Juri_Uluots, lk 11
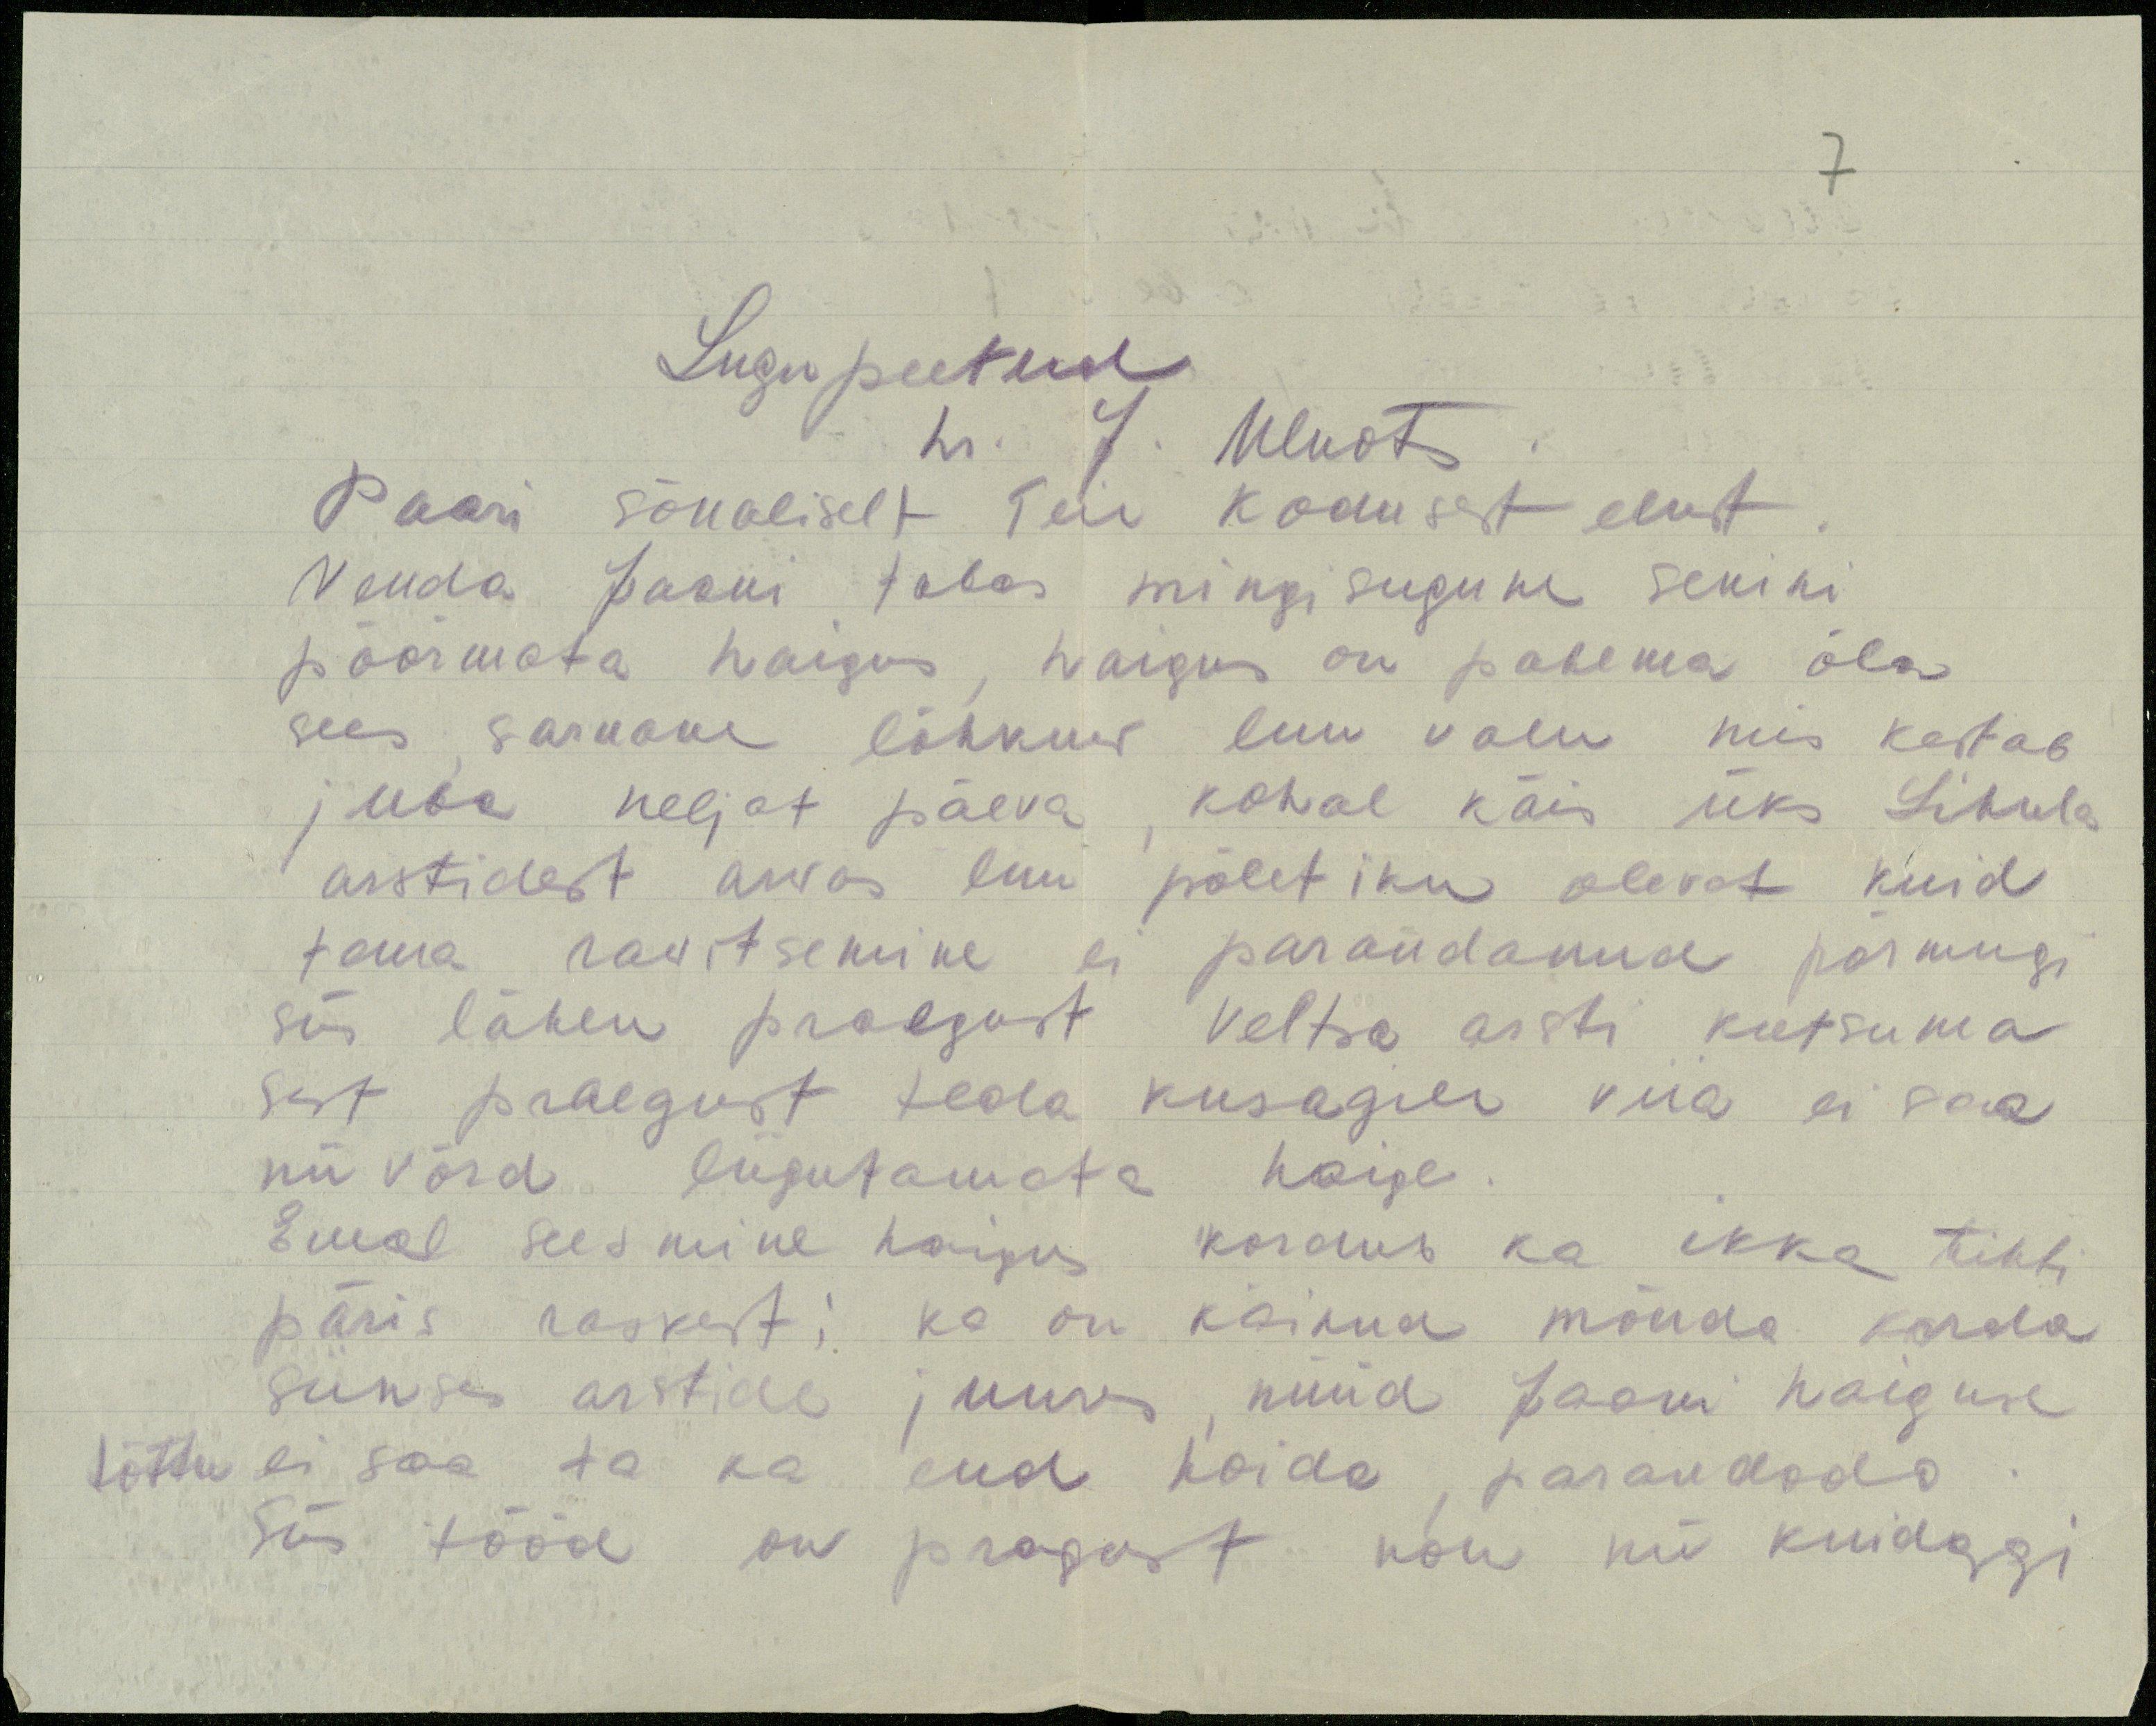
Lugupeetud
hr. J. Uluots
Paari sõnaliselt Teie kodusest elust
Venda Jaani tabas mingisugune senini
pöörmata haigus, haigus on pahema õla
sees sarnane lõhkuw luu valu, mis kestab
juba neljat päeva, kohal käis üks Lihula
arstidest arvas luu põletiku olevat kuid
tama ravitsemine ei parandanud põrmugi
siis lähen praegust Veltsa arsti kutsuma
sest praegust teda kusagile viia ei saa
nii võrd liigutamata haige.
Emal seismine haigus kordus ka ikka tihti
päris raskesti ka on käinud mõnda korda
siinses arstide juures, nüüd Jaani haiguse
tõttu ei saa ta ka end hoida, parandada.
Siis tööd on pragust kõik nii kuidagi